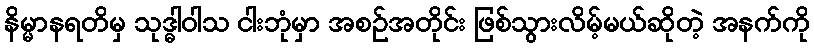
နိမ္မာနရတိမှ သုဒ္ဓါဝါသ ငါးဘုံမှာ အစဉ်အတိုင်း ဖြစ်သွားလိမ့်မယ်ဆိုတဲ့ အနက်ကို